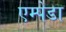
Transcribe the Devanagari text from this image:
एम्पेडा